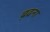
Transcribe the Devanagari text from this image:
ब़ढना